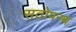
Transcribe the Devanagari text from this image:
सतोपन्थ